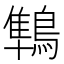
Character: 鶽